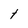
Character: t